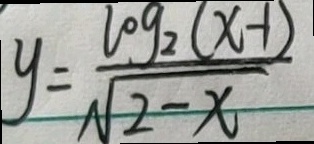
y = \frac { \log _ { 2 } ( x - 1 ) } { \sqrt { 2 - x } }